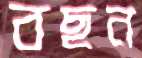
বছন